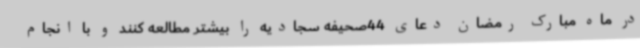
در ماه مبارک رمضان دعای 44صحیفه سجادیه را بیشتر مطالعه کنند و با انجام